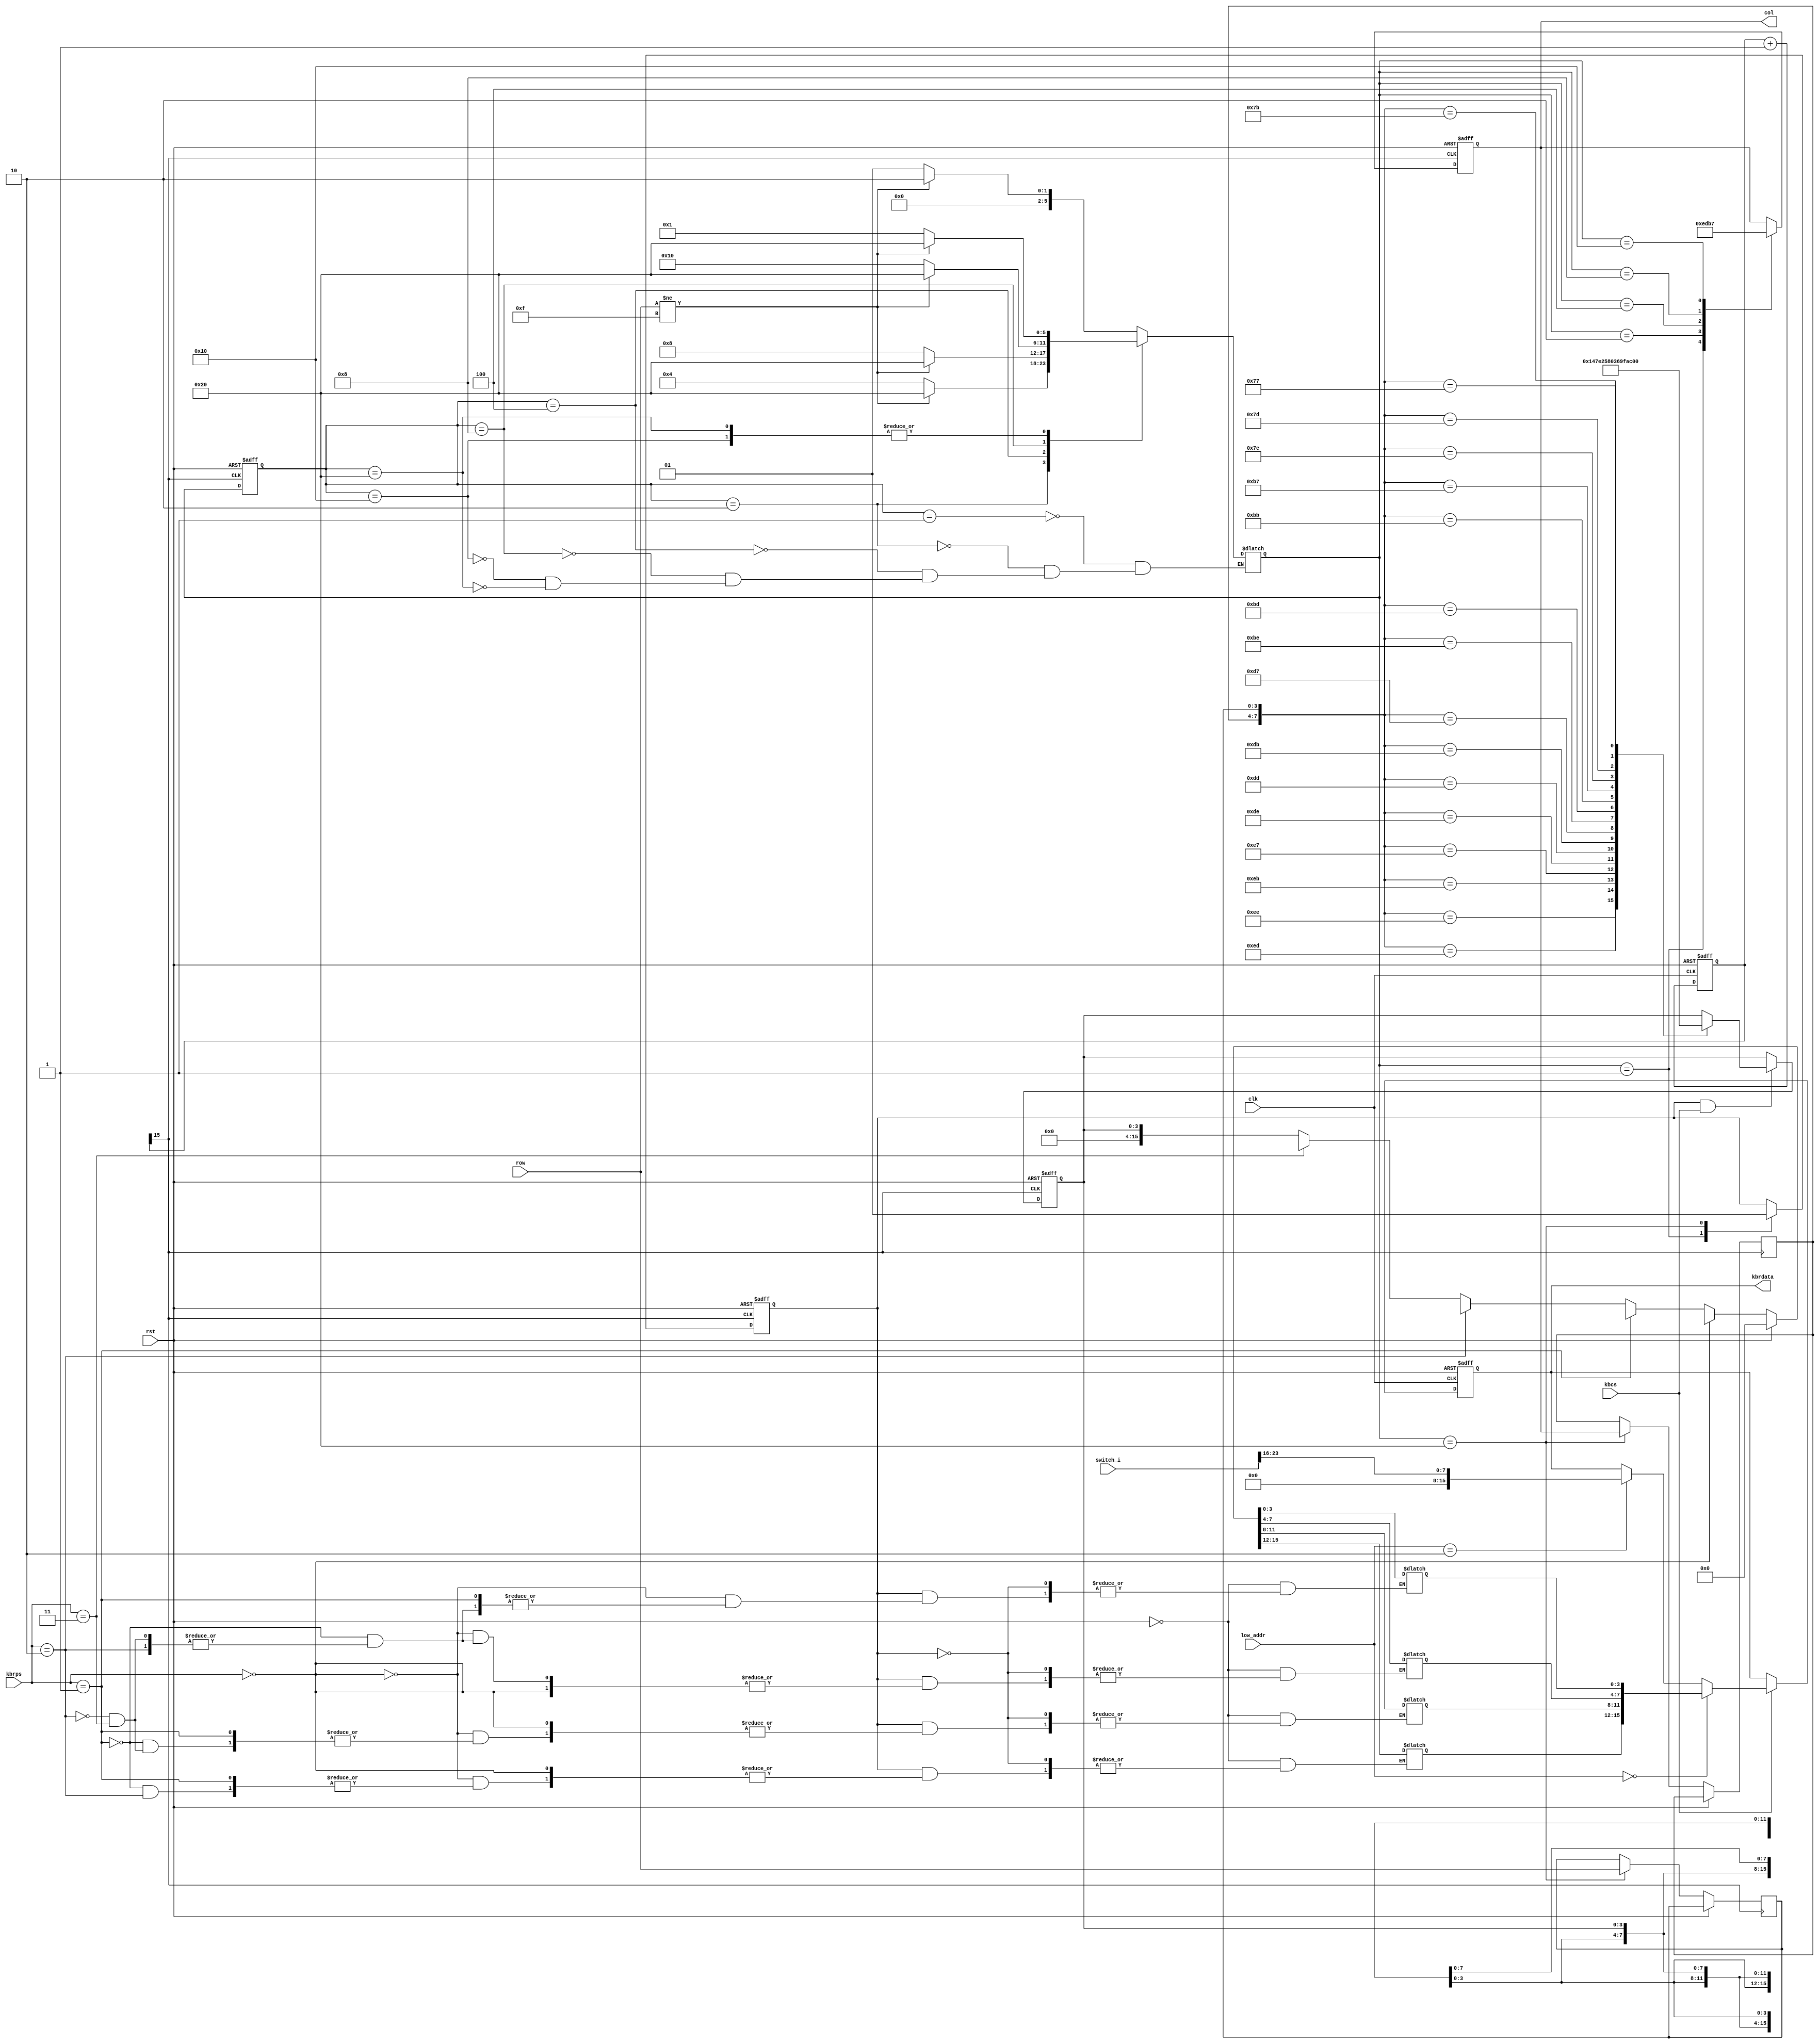
module keyboard(
  input            kbcs,
  input      [1:0] kbrps,
  input            clk,
  input            rst,
  input      [3:0] row,                 //  ?
  output reg [3:0] col,                 //  ?
  output reg [15:0] kbrdata,          // ?     

  input  [23:0] switch_i,          // 
  input  [1:0] low_addr
);
 
reg       key_pressed_flag;             // 
reg [3:0] col_val, row_val;             // ????


reg [3:0] kbrdata_4bit;
reg [15:0] kbrdata_16bit;
always @(*) begin
    if (rst)
        kbrdata_16bit <= 16'b0;
    else if (key_pressed_flag)
        if (kbrps == 2'b00) 
            kbrdata_16bit <= {kbrdata_16bit[15:4], kbrdata_4bit};
        else if (kbrps == 2'b01)
            kbrdata_16bit <= {kbrdata_16bit[15:8], kbrdata_4bit, kbrdata_16bit[3:0]};
        else if (kbrps == 2'b10)
            kbrdata_16bit <= {kbrdata_16bit[15:12], kbrdata_4bit, kbrdata_16bit[7:0]};
        else if (kbrps == 2'b11)
            kbrdata_16bit <= {kbrdata_4bit, kbrdata_16bit[11:0]};
        else
            kbrdata_16bit <= kbrdata_4bit;
    else
        kbrdata_16bit <= kbrdata_16bit;
end

always@(negedge clk or posedge rst) begin
    if(rst) begin
        kbrdata <= 0;
    end
    else if(kbcs) begin
      if(low_addr==2'b00)
        kbrdata <= kbrdata_16bit;   // data output,lower 16 bits non-extended
      else if(low_addr==2'b10)
        kbrdata <={ 8'h00, switch_i[23:16] };//data output, upper 8 bits extended with zero
      else   
        kbrdata <= kbrdata;
    end
    else 
      kbrdata <= kbrdata;
 
end



//++++++++++++++++++++++++++++++++++++++
//  ??
//++++++++++++++++++++++++++++++++++++++
reg [15:0] cnt;                         // ?
 
always @ (negedge clk, posedge rst)
  if (rst)
    cnt <= 0;
  else
    cnt <= cnt + 1'b1;
 
wire key_clk = cnt[15];                // (2^20/50M = 21)ms 
//--------------------------------------
//  
//--------------------------------------
 
 
//++++++++++++++++++++++++++++++++++++++
// ? ??
//++++++++++++++++++++++++++++++++++++++
// ?
parameter NO_KEY_PRESSED = 6'b000_001;  //   
parameter SCAN_COL0      = 6'b000_010;  // ?0? 
parameter SCAN_COL1      = 6'b000_100;  // ?1? 
parameter SCAN_COL2      = 6'b001_000;  // ?2? 
parameter SCAN_COL3      = 6'b010_000;  // ?3? 
parameter KEY_PRESSED    = 6'b100_000;  // ?

reg [5:0] current_state, next_state;    // ???
 
always @ (negedge key_clk, posedge rst)
  if (rst)
    current_state <= NO_KEY_PRESSED;
  else
    current_state <= next_state;

// ??
always @ (*)
  case (current_state)    //row != 4h'F,col0??
            NO_KEY_PRESSED :                    // 
                if (row != 4'hF)
                next_state = SCAN_COL0;
                else
                next_state = NO_KEY_PRESSED;
            SCAN_COL0 :                         // ?0? 
                if (row != 4'hF)
                next_state = KEY_PRESSED;
                else
                next_state = SCAN_COL1;
            SCAN_COL1 :                         // ?1? 
                if (row != 4'hF)
                next_state = KEY_PRESSED;
                else
                next_state = SCAN_COL2;    
            SCAN_COL2 :                         // ?2?
                if (row != 4'hF)
                next_state = KEY_PRESSED;
                else
                next_state = SCAN_COL3;
            SCAN_COL3 :                         // ?3?
                if (row != 4'hF)
                next_state = KEY_PRESSED;
                else
                next_state = NO_KEY_PRESSED;
            KEY_PRESSED :                       // ?
                if (row != 4'hF)
                next_state = KEY_PRESSED;
                else
                next_state = NO_KEY_PRESSED;                      
    endcase
     //next_statenext_staterow != 4'hF?
 
 
// ???
always @ (negedge key_clk, posedge rst)
  if (rst)
  begin
    col              <= 4'h0;
    key_pressed_flag <=    0;
  end
  else
    case (next_state)
      NO_KEY_PRESSED :                  // 
      begin
        col              <= 4'h0;
        key_pressed_flag <=    0;       // ?
      end
      SCAN_COL0 :                       // ?0?
        col <= 4'b1110;
      SCAN_COL1 :                       // ?1?
        col <= 4'b1101;
      SCAN_COL2 :                       // ?2?
        col <= 4'b1011;
      SCAN_COL3 :                       // ?3?
        col <= 4'b0111;
      KEY_PRESSED :                     // ?
      begin
        col_val          <= col;        // ??
        row_val          <= row;        // ??
        key_pressed_flag <= 1;          // ?  
      end
    endcase
//--------------------------------------
// ? 
//--------------------------------------
 
 
//++++++++++++++++++++++++++++++++++++++
// ? ??
//++++++++++++++++++++++++++++++++++++++
always @ (negedge key_clk, posedge rst)
  if (rst)
    kbrdata_4bit <= 16'h0;
  else
    if (key_pressed_flag && kbcs)
        case ({col_val, row_val})
            8'b1110_1110 : kbrdata_4bit <= 4'h1;    //???
            8'b1110_1101 : kbrdata_4bit <= 4'h4;
            8'b1110_1011 : kbrdata_4bit <= 4'h7;
            8'b1110_0111 : kbrdata_4bit <= 4'hE;
            
            8'b1101_1110 : kbrdata_4bit <= 4'h2;
            8'b1101_1101 : kbrdata_4bit <= 4'h5;
            8'b1101_1011 : kbrdata_4bit <= 4'h8;
            8'b1101_0111 : kbrdata_4bit <= 4'h0;
            
            8'b1011_1110 : kbrdata_4bit <= 4'h3;
            8'b1011_1101 : kbrdata_4bit <= 4'h6;
            8'b1011_1011 : kbrdata_4bit <= 4'h9;
            8'b1011_0111 : kbrdata_4bit <= 4'hF;

            8'b0111_1110 : kbrdata_4bit <= 4'hA;
            8'b0111_1101 : kbrdata_4bit <= 4'hB;
            8'b0111_1011 : kbrdata_4bit <= 4'hC;
            8'b0111_0111 : kbrdata_4bit <= 4'hD;

            default: kbrdata_4bit <= kbrdata_4bit;        
    endcase
endmodule